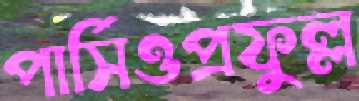
পার্সিওপ্রফুল্ল